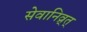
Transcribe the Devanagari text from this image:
सेवानिव्र्त्